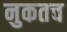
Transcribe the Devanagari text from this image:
नुकतच